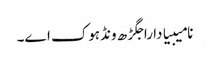
نامیبیا دا راجگڑھ ونڈہوک اے۔